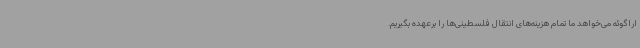
اراگوئه می‌خواهد ما تمام هزینه‌های انتقال فلسطینی‌ها را برعهده بگیریم.